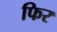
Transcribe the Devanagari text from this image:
फिर